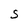
Character: S